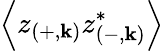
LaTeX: \left\langle z_{\left(+,\mathbf{k}\right)}z_{\left(-,\mathbf{k}\right)}^{*}\right\rangle